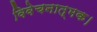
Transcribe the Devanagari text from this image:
विवेचनात्मक।